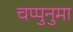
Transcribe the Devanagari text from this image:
चप्पुनुमा